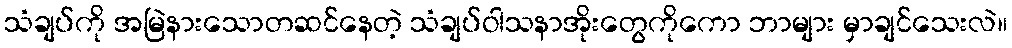
သံချပ်ကို အမြဲနားသောတဆင်နေတဲ့ သံချပ်ဝါသနာအိုးတွေကိုကော ဘာများ မှာချင်သေးလဲ။